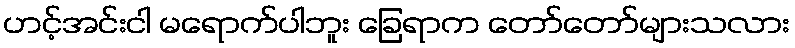
ဟင့်အင်းငါ မရောက်ပါဘူး ခြေရာက တော်တော်များသလား